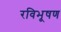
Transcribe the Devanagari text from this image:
रविभूषण